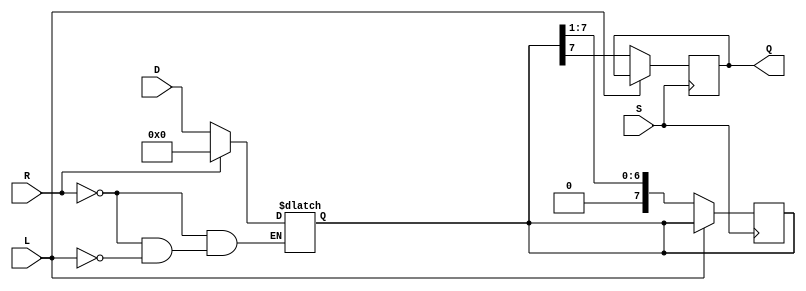
module PISO_Register #(
    parameter N = 8  // Number of bits in the register
)(
    input wire [N-1:0] D,   // Parallel data input
    input wire L,           // Load control signal
    input wire S,           // Shift control signal
    input wire R,           // Asynchronous reset signal
    output reg Q            // Serial output
);

    // Internal register to hold the data
    reg [N-1:0] shift_reg;

    // Asynchronous reset and load operation
    always @* begin
        if (R) begin
            shift_reg = 0;  // Reset the register
        end else if (L) begin
            shift_reg = D;  // Load data into the register
        end
    end

    // Serial shifting operation
    always @(posedge S) begin
        if (!L) begin  // Ensure Load is not asserted during shifting
            Q <= shift_reg[N-1];  // Output the MSB (first bit)
            shift_reg <= {1'b0, shift_reg[N-1:1]};  // Shift right
        end
    end

endmodule